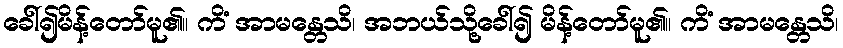
ခေါ်၍မိန့်တော်မူ၏။ ကိံ အာမန္တေသိ၊ အဘယ်သို့ခေါ်၍ မိန့်တော်မူ၏။ ကိံ အာမန္တေသိ၊